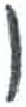
אות: ו